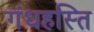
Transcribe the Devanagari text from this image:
गंधहस्ति